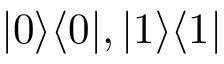
| 0 \rangle \langle 0 | , | 1 \rangle \langle 1 |